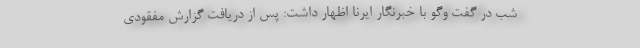
شب در گفت وگو با خبرنگار ایرنا اظهار داشت: پس از دریافت گزارش مفقودی